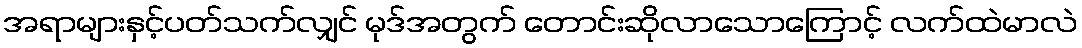
အရာများနှင့်ပတ်သက်လျှင် မုဒ်အတွက် တောင်းဆိုလာသောကြောင့် လက်ထဲမာလဲ